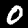
Label: 0